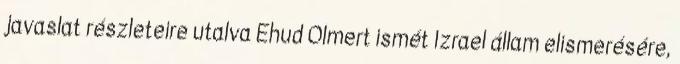
javaslat részleteire utalva Ehud Olmert ismét Izrael állam elismerésére,